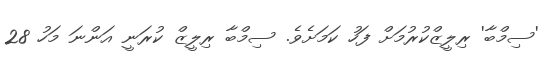
'ސިމްބާ' ރިލީޒްކުރުމަށް ފަހު ކަމަށެވެ. ސިމްބާ ރިލީޒް ކުރަނީ އަންނަ މަހު 28